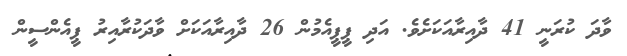
ވާދަ ކުރަނީ 41 ދާއިރާއަކަށެވެ. އަދި ޕީޕީއެމުން 26 ދާއިރާއަކަށް ވާދަކުރާއިރު ޕީއެންސީން